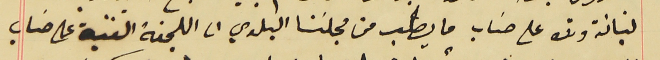
لبنانـة وذلك على حسَاب ما يطلب من مجلسَنا البلدي الى اللجنة الفنية على حسَاب